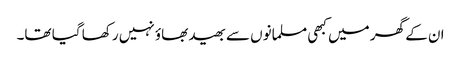
ان کے گھر میں کبھی مسلمانوں سے بھید بھاؤ نہیں رکھا گیا تھا۔